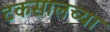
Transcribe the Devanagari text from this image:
टकसालच्या